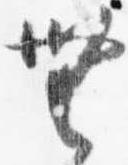
無